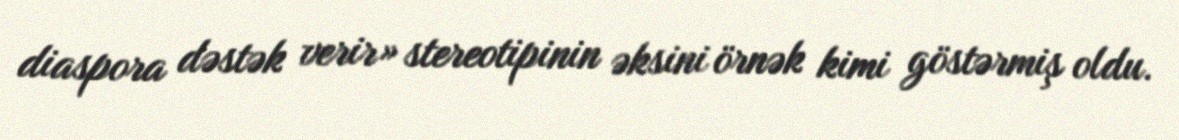
diaspora dəstək verir» stereotipinin əksini örnək kimi göstərmiş oldu.